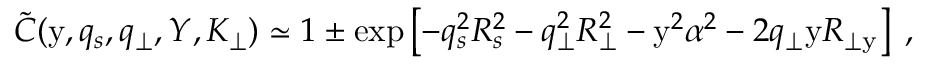
\tilde { C } ( \mathrm { y } , q _ { s } , q _ { \perp } , Y , K _ { \perp } ) \simeq 1 \pm \exp \left[ - q _ { s } ^ { 2 } R _ { s } ^ { 2 } - q _ { \perp } ^ { 2 } R _ { \perp } ^ { 2 } - \mathrm { y } ^ { 2 } \alpha ^ { 2 } - 2 q _ { \perp } \mathrm { y } R _ { \perp \mathrm { y } } \right] \; ,